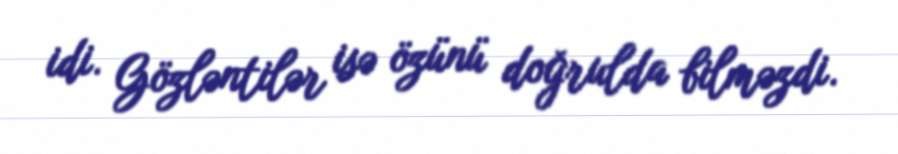
idi. Gözləntilər isə özünü doğrulda bilməzdi.